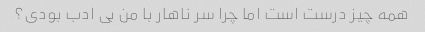
همه چیز درست است اما چرا سر ناهار با من بی ادب بودی؟